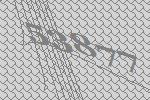
53877